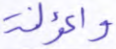
والمؤلفة